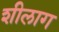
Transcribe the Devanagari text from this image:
शीलाग